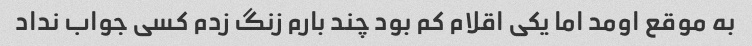
به موقع اومد اما یکی اقلام کم بود چند بارم زنگ زدم کسی جواب نداد